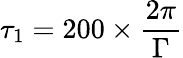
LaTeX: \tau_{1}=200\times\frac{2\pi}{\Gamma}